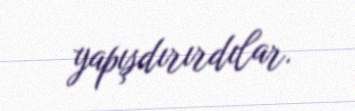
yapışdırırdılar.